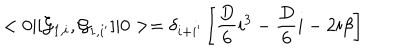
LaTeX: < 0 \vert [ { \cal G } _ { 1 , i } , { \cal G } _ { 1 , i ^ { \prime } } ] \vert 0 > = \delta _ { i + i ^ { \prime } } \left[ { \frac { D } { 6 } } i ^ { 3 } - { \frac { D } { 6 } } i - 2 i \beta \right]